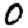
Digit: 0